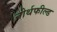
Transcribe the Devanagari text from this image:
नोर्थफील्ड